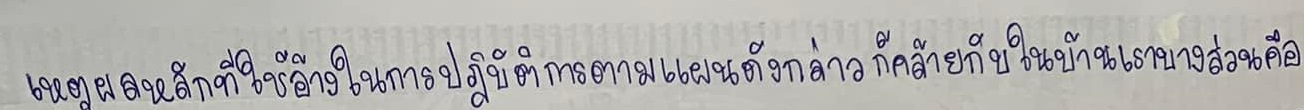
เหตุผลหลักที่ใช้อ้างในการปฏิบัติการตามแผนดังกล่าวก็คล้ายกับในบ้านเราบางส่วนคือ